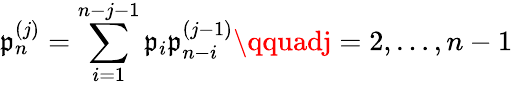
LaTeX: \mathfrak{p}_{n}^{(j)}=\sum_{i=1}^{n-j-1}\mathfrak{p}_{i}\mathfrak{p}_{n-i}^{(j-1)}\qquadj=2,\ldots,n-1